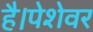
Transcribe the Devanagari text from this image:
है।पेशेवर